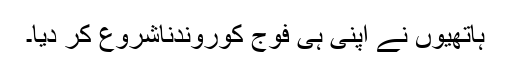
ہاتھیوں نے اپنی ہی فوج کوروندناشروع کر دیا۔